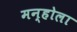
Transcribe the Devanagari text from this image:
मन्होला